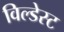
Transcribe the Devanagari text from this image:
विल्डेस्ट